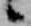
候